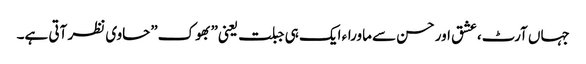
جہاں آرٹ،عشق اور حسن سے ماوراء ایک ہی جبلت یعنی”بھوک”حاوی نظر آتی ہے۔